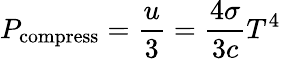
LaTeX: P_{\mathrm{compress}}={\frac{u}{3}}={\frac{4\sigma}{3c}}T^{4}